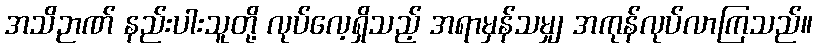
အသိဉာဏ် နည်းပါးသူတို့ လုပ်လေ့ရှိသည့် အရာမှန်သမျှ အကုန်လုပ်လာကြသည်။